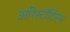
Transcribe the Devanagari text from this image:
अरिस्टॉटिल्स